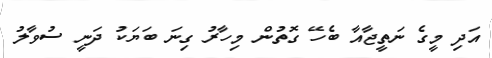
އަދި މީގެ ނަތީޖާއާ ބެހޭ ގޮތުން މިހާރު ގިނަ ބަޔަކު ދަނީ ސުވާލު